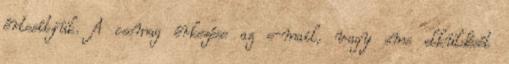
értesítjük. A csomag érkezése az e-mail, vagy sms elküldését